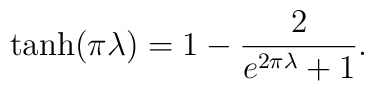
\tanh(\pi\lambda)=1-\frac2{e^{2\pi\lambda}+1}.